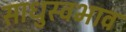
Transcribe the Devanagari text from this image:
साधुस्वभाव